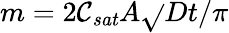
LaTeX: m=2\mathcal{C}_{\mathit{{sat}}}A\sqrt{}{{Dt/\pi}}